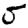
Digit: 5